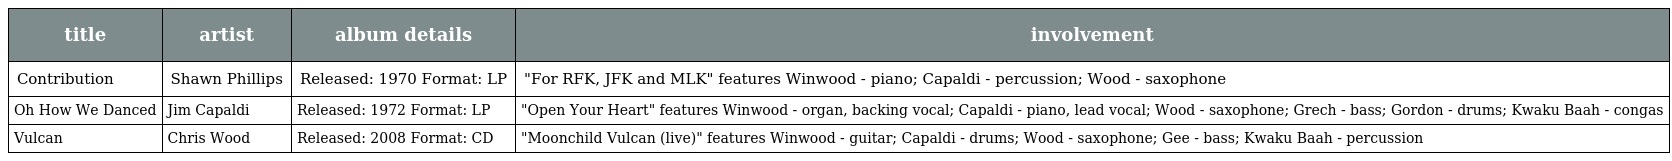
| title | artist | album details | involvement |
 | --- | --- | --- | --- |
 | Contribution | Shawn Phillips | Released: 1970 Format: LP | "For RFK, JFK and MLK" features Winwood - piano; Capaldi - percussion; Wood - saxophone |
 | Oh How We Danced | Jim Capaldi | Released: 1972 Format: LP | "Open Your Heart" features Winwood - organ, backing vocal; Capaldi - piano, lead vocal; Wood - saxophone; Grech - bass; Gordon - drums; Kwaku Baah - congas |
 | Vulcan | Chris Wood | Released: 2008 Format: CD | "Moonchild Vulcan (live)" features Winwood - guitar; Capaldi - drums; Wood - saxophone; Gee - bass; Kwaku Baah - percussion |